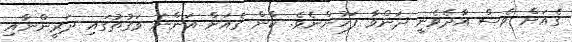
ގެއަށް ވެސް އާދެވެނީ ދަންވާ ފަހުންނެވެ. ކާން ގެއަށް އަންނަ ވަގުތުގައި ދަރީންނާއި